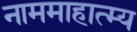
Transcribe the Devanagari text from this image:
नाममाहात्म्य